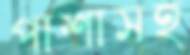
পাশাসহ